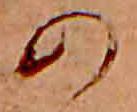
の